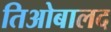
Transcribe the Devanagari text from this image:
तिओबालद